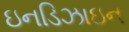
ઇનડિઝાઇન